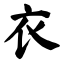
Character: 衣